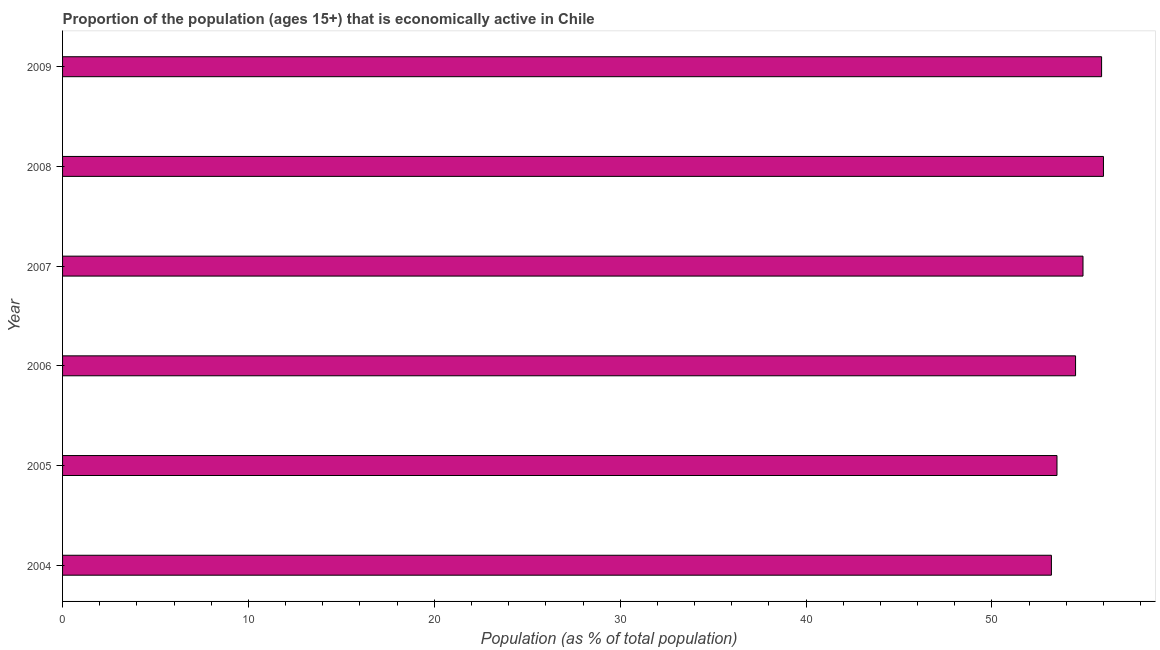
| Year | Labor force participation rate total |
 | --- | --- |
 | 2004 | 53.2 |
 | 2005 | 53.5 |
 | 2006 | 54.5 |
 | 2007 | 54.9 |
 | 2008 | 56 |
 | 2009 | 55.9 |